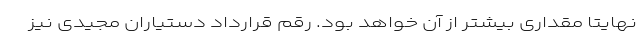
نهایتا مقداری بیشتر از آن خواهد بود. رقم قرارداد دستیاران مجیدی نیز